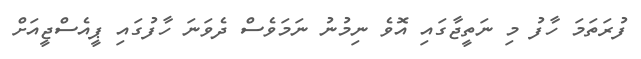
ފުރަތަމަ ހާފު މި ނަތީޖާގައި އޮވެ ނިމުނު ނަމަވެސް ދެވަނަ ހާފުގައި ޕީއެސްޖީއަށް